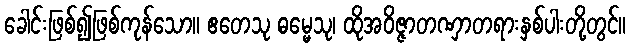
ခေါင်းဖြစ်၍ဖြစ်ကုန်သော။ ဧတေသု ဓမ္မေသု၊ ထိုအဝိဇ္ဇာတဏှာတရားနှစ်ပါးတို့တွင်။